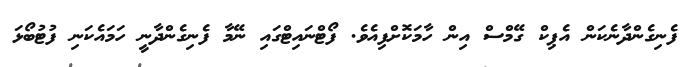
ފެނިގެންދާނެކަން އެޕިކް ގޭމްސް އިން ހާމަކޮށްފިއެވެ. ފޯޓްނައިޓްގައި ނޭމާ ފެނިގެންދާނީ ހަމައެކަނި ފުޓުބޯޅަ